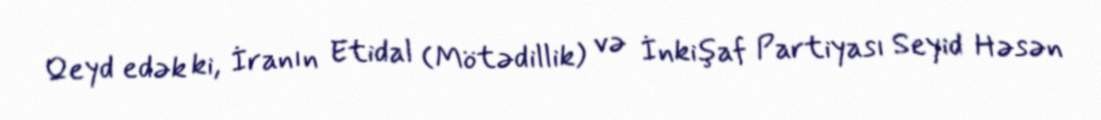
Qeyd edək ki, İranın Etidal (Mötədillik) və İnkişaf Partiyası Seyid Həsən